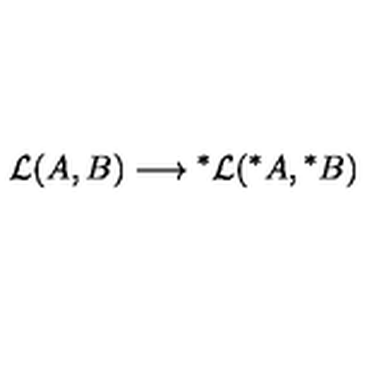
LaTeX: { \cal L } ( A , B ) \longrightarrow \mathrm { } ^ { * } { \cal L } ( \mathrm { } ^ { * } A , \mathrm { } ^ { * } B )